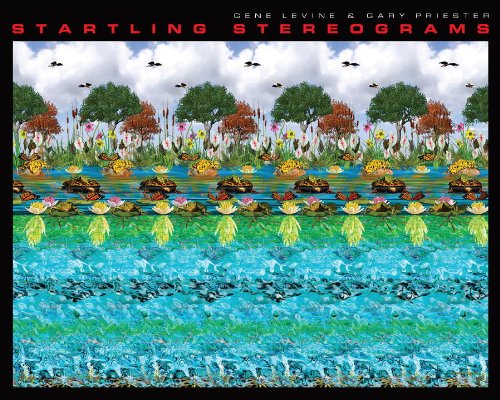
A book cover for Startling Stereograms; Gary W. Priester; Humor & Entertainment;